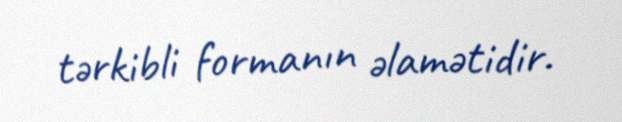
tərkibli formanın əlamətidir.